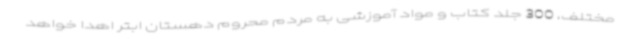
مختلف، 300 جلد کتاب و مواد آموزشی به مردم محروم دهستان ابتر اهدا خواهد